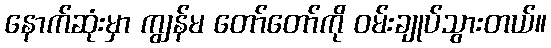
နောက်ဆုံးမှာ ကျွန်မ တော်တော်ကို ဝမ်းချုပ်သွားတယ်။